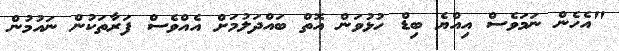
"އެހެން ނަމަވެސް އިއްޔެ ބިޑް ހުޅުވަން އޮތް ބައްދަލުމަށް އެއްވެސް ފަރާތަކުން ނައުމުން